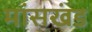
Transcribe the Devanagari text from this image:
मांसखंड